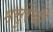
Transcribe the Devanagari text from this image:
मसुरेची